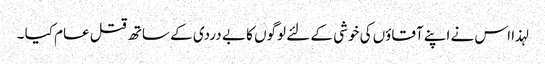
لہذا اس نے اپنے آقاؤں کی خوشی کے لئے لوگوں کا بے دردی کے ساتھ قتل عام کیا ۔